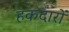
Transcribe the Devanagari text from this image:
हकदारों